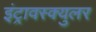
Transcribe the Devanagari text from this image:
इंट्रावस्क्युलर